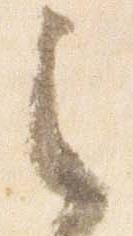
之